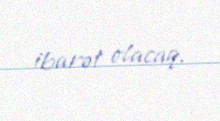
ibarət olacaq.